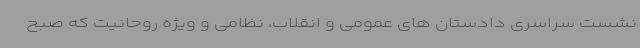
نشست سراسری دادستان های عمومی و انقلاب، نظامی و ویژه روحانیت که صبح